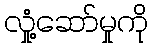
လှုံ့ဆော်မှုကို